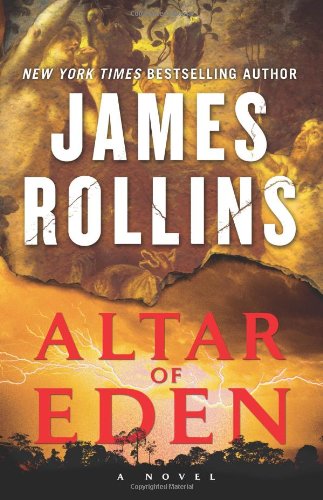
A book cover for Altar of Eden; James Rollins; Literature & Fiction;